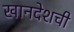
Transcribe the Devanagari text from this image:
खानदेशची